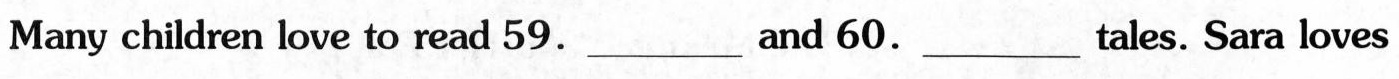
Many children love to read 59.___And 60.___Tales. Sara loves